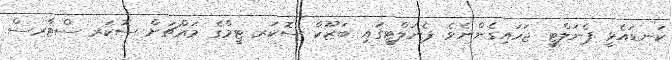
ކަނޑައެޅީ ޕެނަލްޓީ ޖަހައިގެންނެވެ. ޕެނަލްޓީގައި ބަޒޫކާ ސޮކަރ ޓީމްގެ މައްޗަށް ސޮކަރ ސްޓާރސް